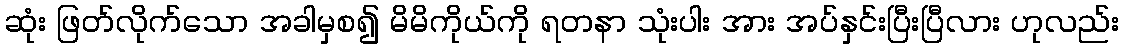
ဆုံး ဖြတ်လိုက်သော အခါမှစ၍ မိမိကိုယ်ကို ရတနာ သုံးပါး အား အပ်နှင်းပြီးပြီလား ဟုလည်း